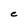
Character: C